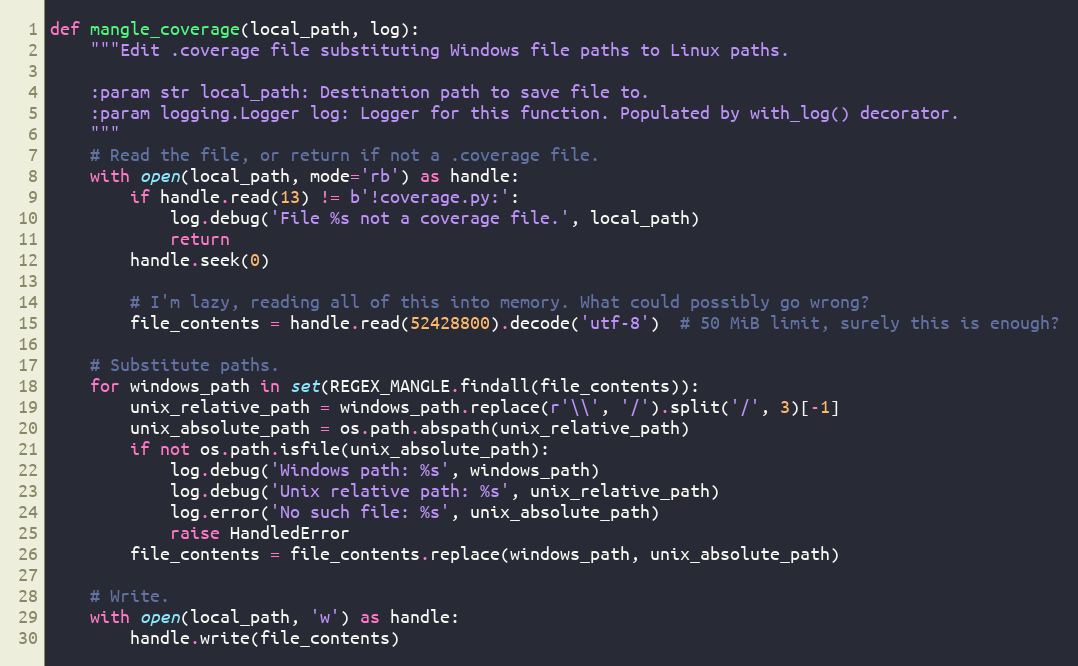
Language: Python
def mangle_coverage(local_path, log):
    """Edit .coverage file substituting Windows file paths to Linux paths.

    :param str local_path: Destination path to save file to.
    :param logging.Logger log: Logger for this function. Populated by with_log() decorator.
    """
    # Read the file, or return if not a .coverage file.
    with open(local_path, mode='rb') as handle:
        if handle.read(13) != b'!coverage.py:':
            log.debug('File %s not a coverage file.', local_path)
            return
        handle.seek(0)

        # I'm lazy, reading all of this into memory. What could possibly go wrong?
        file_contents = handle.read(52428800).decode('utf-8')  # 50 MiB limit, surely this is enough?

    # Substitute paths.
    for windows_path in set(REGEX_MANGLE.findall(file_contents)):
        unix_relative_path = windows_path.replace(r'\\', '/').split('/', 3)[-1]
        unix_absolute_path = os.path.abspath(unix_relative_path)
        if not os.path.isfile(unix_absolute_path):
            log.debug('Windows path: %s', windows_path)
            log.debug('Unix relative path: %s', unix_relative_path)
            log.error('No such file: %s', unix_absolute_path)
            raise HandledError
        file_contents = file_contents.replace(windows_path, unix_absolute_path)

    # Write.
    with open(local_path, 'w') as handle:
        handle.write(file_contents)